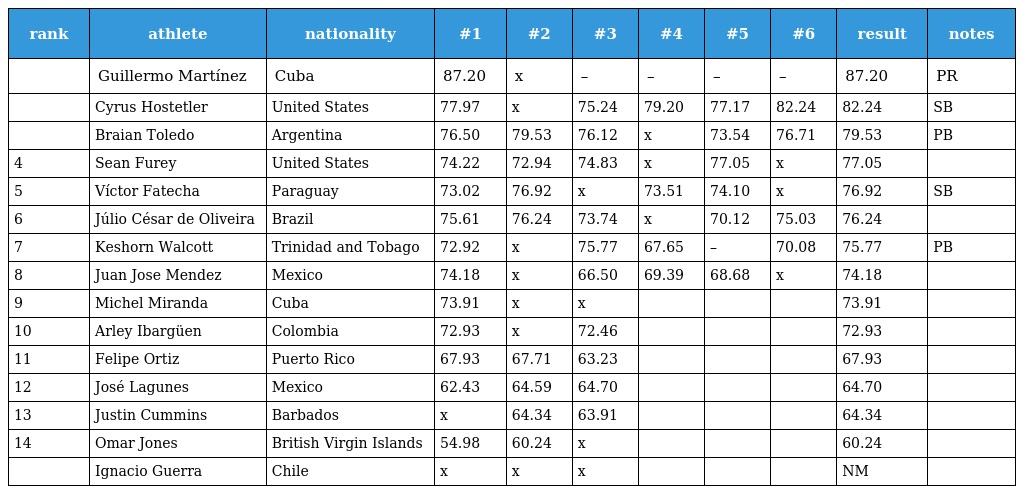
| rank | athlete | nationality | #1 | #2 | #3 | #4 | #5 | #6 | result | notes |
 | --- | --- | --- | --- | --- | --- | --- | --- | --- | --- | --- |
 |  | Guillermo Martínez | Cuba | 87.20 | x | – | – | – | – | 87.20 | PR |
 |  | Cyrus Hostetler | United States | 77.97 | x | 75.24 | 79.20 | 77.17 | 82.24 | 82.24 | SB |
 |  | Braian Toledo | Argentina | 76.50 | 79.53 | 76.12 | x | 73.54 | 76.71 | 79.53 | PB |
 | 4 | Sean Furey | United States | 74.22 | 72.94 | 74.83 | x | 77.05 | x | 77.05 |  |
 | 5 | Víctor Fatecha | Paraguay | 73.02 | 76.92 | x | 73.51 | 74.10 | x | 76.92 | SB |
 | 6 | Júlio César de Oliveira | Brazil | 75.61 | 76.24 | 73.74 | x | 70.12 | 75.03 | 76.24 |  |
 | 7 | Keshorn Walcott | Trinidad and Tobago | 72.92 | x | 75.77 | 67.65 | – | 70.08 | 75.77 | PB |
 | 8 | Juan Jose Mendez | Mexico | 74.18 | x | 66.50 | 69.39 | 68.68 | x | 74.18 |  |
 | 9 | Michel Miranda | Cuba | 73.91 | x | x |  |  |  | 73.91 |  |
 | 10 | Arley Ibargüen | Colombia | 72.93 | x | 72.46 |  |  |  | 72.93 |  |
 | 11 | Felipe Ortiz | Puerto Rico | 67.93 | 67.71 | 63.23 |  |  |  | 67.93 |  |
 | 12 | José Lagunes | Mexico | 62.43 | 64.59 | 64.70 |  |  |  | 64.70 |  |
 | 13 | Justin Cummins | Barbados | x | 64.34 | 63.91 |  |  |  | 64.34 |  |
 | 14 | Omar Jones | British Virgin Islands | 54.98 | 60.24 | x |  |  |  | 60.24 |  |
 |  | Ignacio Guerra | Chile | x | x | x |  |  |  | NM |  |